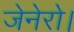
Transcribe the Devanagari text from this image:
जेनेरो।